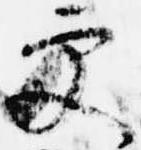
更